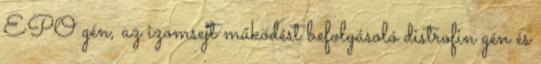
EPO gén, az izomsejt működést befolyásoló distrofin gén és